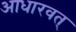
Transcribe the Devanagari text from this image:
आधारवत्